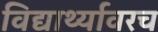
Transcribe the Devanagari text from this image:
विद्यार्थ्यावरच